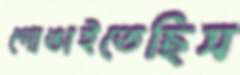
গোঙাইতেছিস